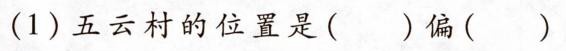
(1)五云村的位置是()偏()